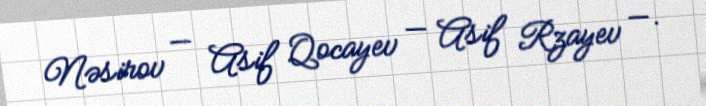
Nəsirov — Asif Qocayev — Asif Rzayev —.